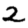
Digit: 2